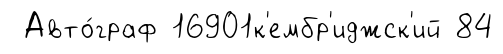
Авто́граф 16901к'ембр'иджск'ий 84